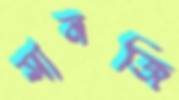
সানজি